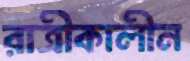
রাত্রীকালীন